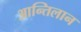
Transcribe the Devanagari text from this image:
आन्तिलान